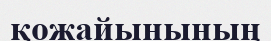
қожайынының